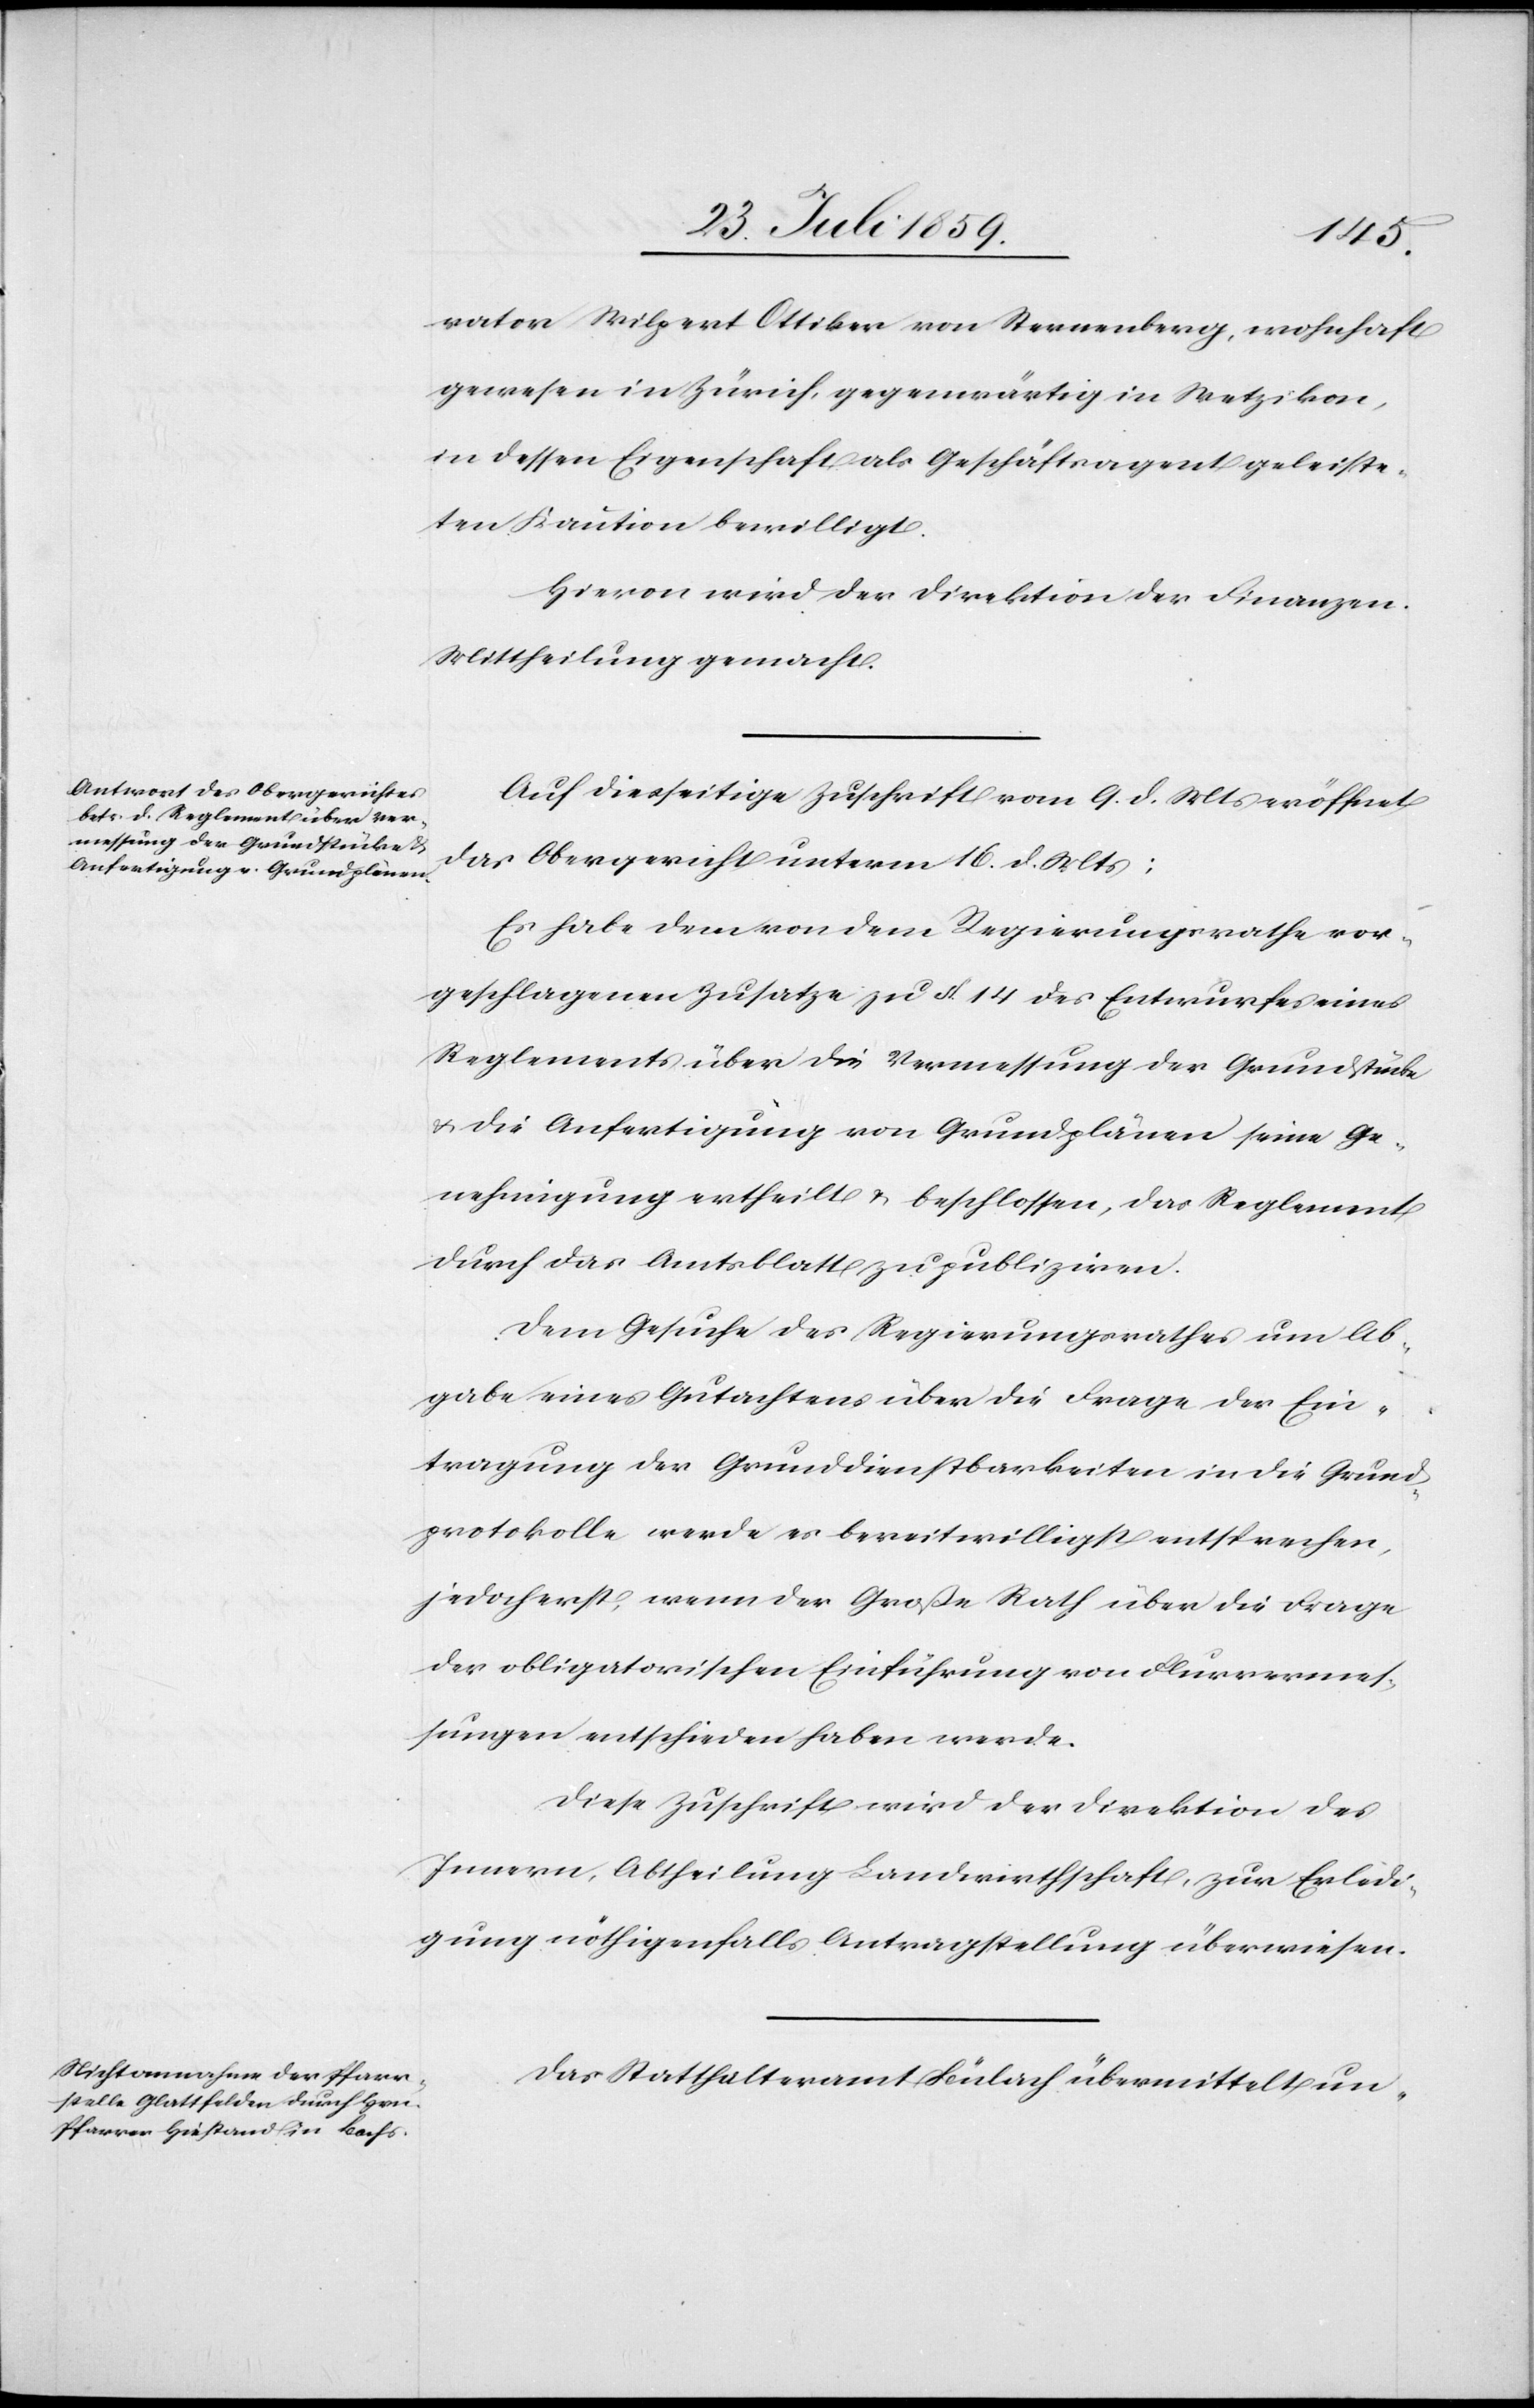
rator Wilpert Ottiker von Sternenberg, wohnhaft
gewesen in Zürich, gegenwärtig in Wetzikon,
in dessen Eigenschaft als Geschäftsagent geleiste¬
ten Kaution bewilligt.
Hievon wird der Direktion der Finanzen
Mittheilung gemacht.
Auf diesseitige Zuschrift vom 9. d. Mts. eröffnet
das Obergericht unterm 16. d. Mts.:
Es habe dem von dem Regierungsrathe vor¬
geschlagenen Zusatze zu § 14 des Entwurfes eines
Reglements über die Vermessung der Grundstücke
u. die Anfertigung von Grundplänen seine Ge¬
nehmigung ertheilt u. beschlossen, das Reglement
durch das Amtsblatt zu publizieren.
Dem Gesuch des Regierungsrathes um Ab¬
gabe eines Gutachtens über die Frage der Ein¬
tragung der Grunddienstbarkeiten in die Grund¬
protokolle werde es bereitwilligst entsprechen,
jedoch erst, wenn der Große Rath über die Frage
der obligatorischen Einführung von Flurvermes¬
sungen entschieden haben werde.
Diese Zuschrift wird der Direktion des
Innern, Abtheilung Landwirthschaft, zur Erledi¬
gung nöthigenfalls Antragstellung überwiesen.
Das Statthalteramt Bülach übermittelt un-